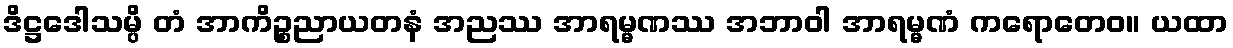
ဒိဋ္ဌဒေါသမ္ပိ တံ အာကိဉ္စညာယတနံ အညဿ အာရမ္မဏဿ အဘာဝါ အာရမ္မဏံ ကရောတေဝ။ ယထာ